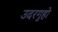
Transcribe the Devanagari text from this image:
उदरगुहो